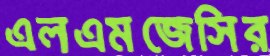
এলএমজেসির